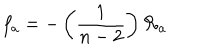
f _ { a } = - \left( \frac { 1 } { n - 2 } \right) \mathcal { R } _ { a }